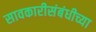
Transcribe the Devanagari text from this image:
सावकारीसंबंधीच्या